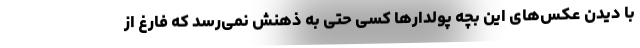
با دیدن عکس‌های این بچه پولدارها کسی حتی به ذهنش نمی‌رسد که فارغ از